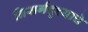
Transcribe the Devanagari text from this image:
निसर्गदृश्याचे